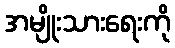
အမျိုးသားရေးကို